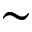
\sim